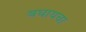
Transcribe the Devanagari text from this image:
बघायचा